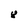
Character: 8